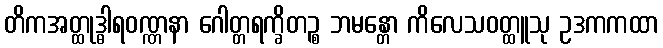
တိကအတ္ထုဒ္ဓါရဝဏ္ဏနာ ဂေါတ္တရက္ခိတဉ္စ ဘမန္တော ကိလေသဝတ္ထူသု ဥဒကကထာ